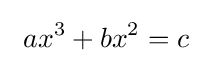
\ ax^{3}+bx^{2}=c